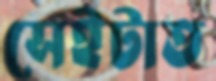
সেইটাত